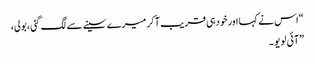
“ اس نے کہا اور خودہی قریب آکر میرے سینے سے لگ گئی ،بولی،
” آئی لو یو ۔